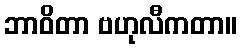
ဘာဝိတာ ဗဟုလီကတာ။